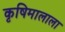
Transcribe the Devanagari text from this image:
कृषिमालाला